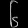
Digit: ၆